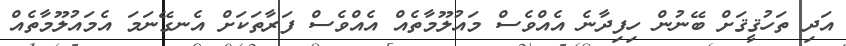
އަދި ތަހުޤީޤަށް ބޭނުން ހިފިދާނެ އެއްވެސް މައުލޫމާތެއް އެއްވެސް ފަރާތަކަށް އެނގޭނަމަ އެމައުލޫމާތެއް